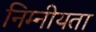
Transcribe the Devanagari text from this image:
निम्नीयता